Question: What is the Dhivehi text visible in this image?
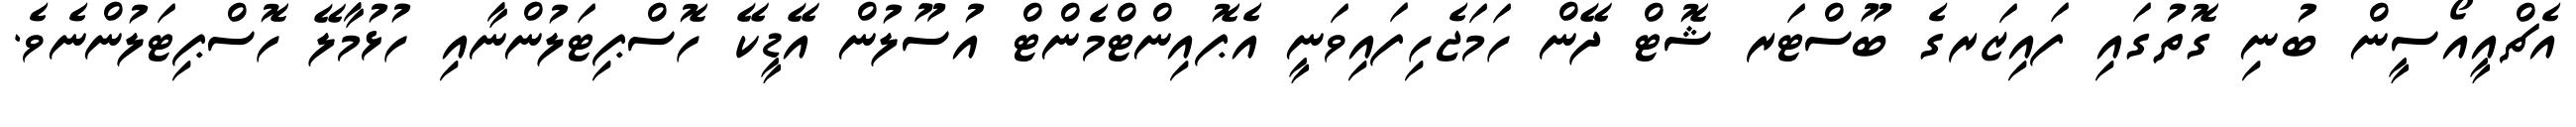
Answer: އެޗްއީއޯސީން ބުނި ގޮތުގައި ފައިޒަރގެ ބޫސްޓަރ ޝޮޓް ދޭން ހަމަޖެހިފައިވަނީ އެޕޮއިންޓްމެންޓް އުސޫލުން އޭޑީކޭ ހޮސްޕިޓަލުންނާއި ހުޅުމާލޭ ހޮސްޕިޓަލުންނެވެ.